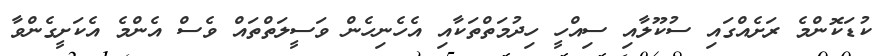
ކުޑަކޮންމެ ރަށެއްގައި ސުކޫލާއި ސިއްހީ ހިދުމަތްތަކާއި އެހެނިހެން ވަސީލަތްތައް ވެސް އެންމެ އެކަށީގެންވާ